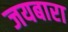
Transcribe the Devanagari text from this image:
जयबारा